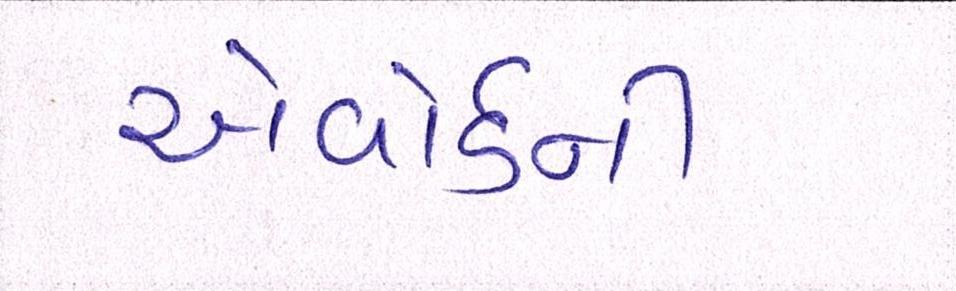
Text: એવોર્ડની